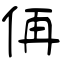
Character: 侢